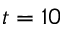
t = 1 0